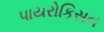
પાયરોકિસન